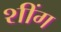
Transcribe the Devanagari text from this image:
शींग